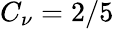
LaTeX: C_{\nu}=2/5